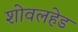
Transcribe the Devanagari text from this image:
शोवलहेड